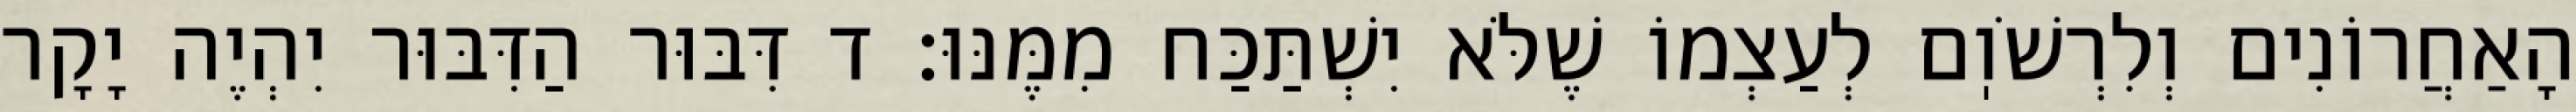
הָאַחֲרוֹנִים וְלִרְשֹׁוֽם לְעַצְמוֹ שֶׁלֹּא יִשְׁתַּכַּח מִמֶּנּוּ: ד דִּבּוּר הַדִּבּוּר יִהְיֶה יָקָר